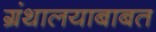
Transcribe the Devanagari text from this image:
ग्रंथालयाबाबत